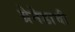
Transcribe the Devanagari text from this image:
ग्रेनेडाची